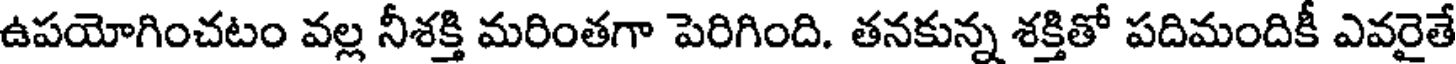
ఉపయోగించటం వల్ల నీశక్తి మరింతగా పెరిగింది. తనకున్న శక్తితో పదిమందికీ ఎవరైతే